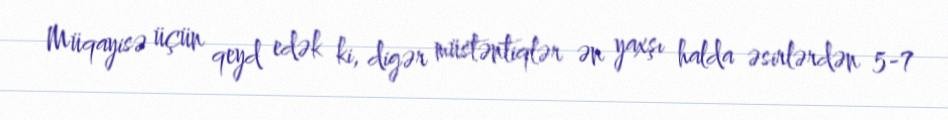
Müqayisə üçün qeyd edək ki, digər müstəntiqlər ən yaxşı halda əsirlərdən 5-7